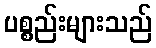
ပစ္စည်းများသည်